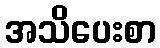
အသိပေးစာ